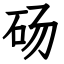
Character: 砀